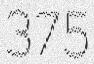
375